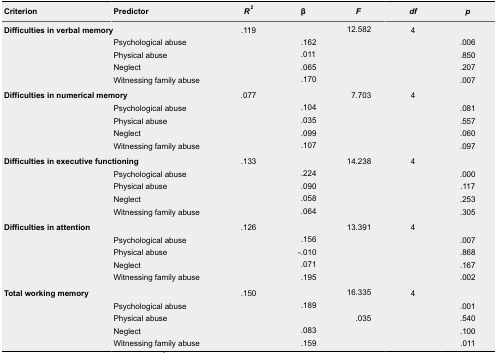
<table><thead><tr><td><b>Criterion</b></td><td><b>Predictor</b></td><td><b><i>R</i><sup>2</sup></b></td><td><b>β</b></td><td><b><i>F</i></b></td><td><b><i>df</i></b></td><td><b><i>p</i></b></td></tr></thead><tbody><tr><td colspan="2"><b>Difficulties in verbal memory</b></td><td>.119</td><td></td><td>12.582</td><td>4</td><td></td></tr><tr><td rowspan="4"></td><td>Psychological abuse</td><td></td><td>.162</td><td></td><td></td><td>.006</td></tr><tr><td>Physical abuse</td><td></td><td>.011</td><td></td><td></td><td>.850</td></tr><tr><td>Neglect</td><td></td><td>.065</td><td></td><td></td><td>.207</td></tr><tr><td>Witnessing family abuse</td><td></td><td>.170</td><td></td><td></td><td>.007</td></tr><tr><td colspan="2"><b>Difficulties in numerical memory</b></td><td>.077</td><td></td><td>7.703</td><td>4</td><td></td></tr><tr><td rowspan="4"></td><td>Psychological abuse</td><td></td><td>.104</td><td></td><td></td><td>.081</td></tr><tr><td>Physical abuse</td><td></td><td>.035</td><td></td><td></td><td>.557</td></tr><tr><td>Neglect</td><td></td><td>.099</td><td></td><td></td><td>.060</td></tr><tr><td>Witnessing family abuse</td><td></td><td>.107</td><td></td><td></td><td>.097</td></tr><tr><td colspan="2"><b>Difficulties in executive functioning</b></td><td>.133</td><td></td><td>14.238</td><td>4</td><td></td></tr><tr><td rowspan="4"></td><td>Psychological abuse</td><td></td><td>.224</td><td></td><td></td><td>.000</td></tr><tr><td>Physical abuse</td><td></td><td>.090</td><td></td><td></td><td>.117</td></tr><tr><td>Neglect</td><td></td><td>.058</td><td></td><td></td><td>.253</td></tr><tr><td>Witnessing family abuse</td><td></td><td>.064</td><td></td><td></td><td>.305</td></tr><tr><td colspan="2"><b>Difficulties in attention</b></td><td>.126</td><td></td><td>13.391</td><td>4</td><td></td></tr><tr><td rowspan="4"></td><td>Psychological abuse</td><td></td><td>.156</td><td></td><td></td><td>.007</td></tr><tr><td>Physical abuse</td><td></td><td>-.010</td><td></td><td></td><td>.868</td></tr><tr><td>Neglect</td><td></td><td>.071</td><td></td><td></td><td>.167</td></tr><tr><td>Witnessing family abuse</td><td></td><td>.195</td><td></td><td></td><td>.002</td></tr><tr><td colspan="2"><b>Total working memory</b></td><td>.150</td><td></td><td>16.335</td><td>4</td><td></td></tr><tr><td rowspan="4"></td><td>Psychological abuse</td><td></td><td>.189</td><td></td><td></td><td>.001</td></tr><tr><td>Physical abuse</td><td></td><td></td><td>.035</td><td></td><td>.540</td></tr><tr><td>Neglect</td><td></td><td>.083</td><td></td><td></td><td>.100</td></tr><tr><td>Witnessing family abuse</td><td></td><td>.159</td><td></td><td></td><td>.011</td></tr></tbody></table>